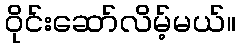
ဝိုင်းဆော်လိမ့်မယ်။